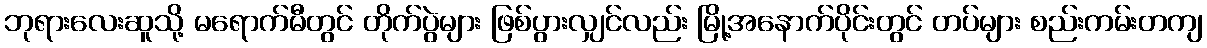
ဘုရားလေးဆူသို့ မရောက်မီတွင် တိုက်ပွဲများ ဖြစ်ပွားလျှင်လည်း မြို့အနောက်ပိုင်းတွင် တပ်များ စည်းကမ်းတကျ